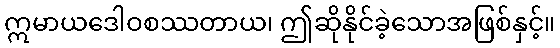
ဣမာယဒေါဝစဿတာယ၊ ဤဆိုနိုင်ခဲ့သောအဖြစ်နှင့်။